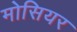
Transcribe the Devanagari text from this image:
मोसियर